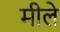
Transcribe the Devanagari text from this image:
मीले